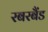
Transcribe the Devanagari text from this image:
रबरबैंड